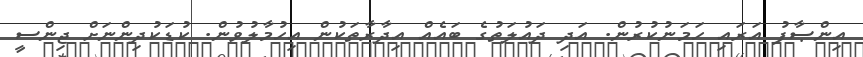
އިންޞާފު އަރައި ހަމަނުކުރުން. އަދި ދައުލަތުގެ ބައެއް އިދާރާތަކުން އިހުމާލުވުން. ކުޑަކުދިންނަށް ޖިންސީ